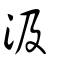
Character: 汲